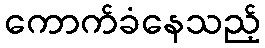
ကောက်ခံနေသည့်